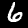
Label: 6